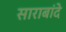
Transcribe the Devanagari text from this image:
साराबांदे